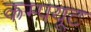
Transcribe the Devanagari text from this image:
कम्पयूट